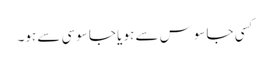
کسی جاسوس سے ہو یا جاسوسی سے ہو۔